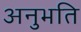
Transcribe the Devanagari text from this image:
अनुभति